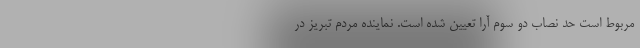
مربوط است حد نصاب دو سوم آرا تعیین شده است. نماینده مردم تبریز در